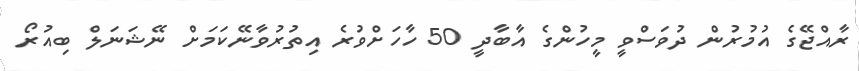
ރާއްޖޭގެ އުމުރުން ދުވަސްވީ މީހުންގެ އާބާދީ 50 ހާހަށްވުރެ އިތުރުވާނޭކަމަށް ނޭޝަނަލް ބިއުރޯ